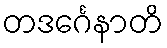
တဒင်္ဂေနာတိ